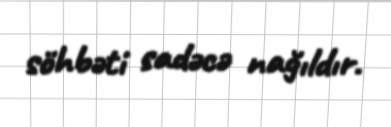
söhbəti sadəcə nağıldır.